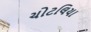
ચોટલિયા